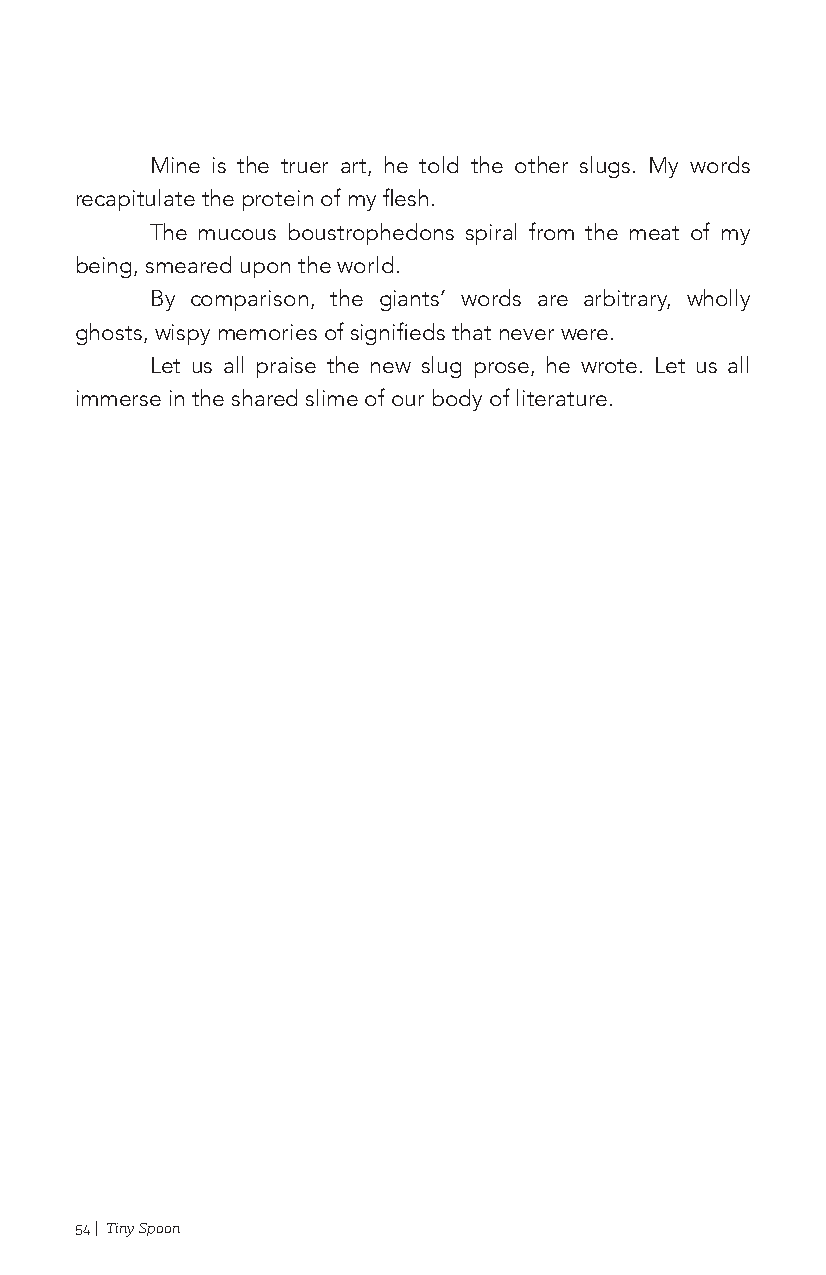
Mine is the truer art, he told the other slugs. My words
 recapitulate the protein of my flesh.
 The mucous boustrophedons spiral from the meat of my
 being, smeared upon the world.
 By comparison, the giants’ words are arbitrary, wholly
 ghosts, wispy memories of signifieds that never were.
 Let us all praise the new slug prose, he wrote. Let us all
 immerse in the shared slime of our body of literature.
 54 | Tiny Spoon